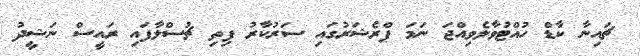
ޗައިނާ ކާޑް ހުއްޓުވާލެވިއްޖަ ނަމަ ޕްރެޝަރުގައި ސަރުކާރު ފިތި ޗުސްލާފައި ރައީސް ނަޝީދު